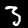
Label: 3